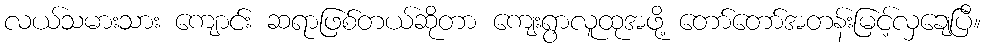
လယ်သမားသား ကျောင်း ဆရာဖြစ်တယ်ဆိုတာ ကျေးရွာလူထုအဖို့ တော်တော်အတန်းမြင့်လှချေပြီ။